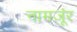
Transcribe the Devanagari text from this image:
नामजूंर